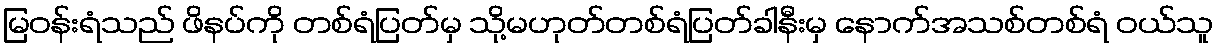
မြဝန်းရံသည် ဖိနပ်ကို တစ်ရံပြတ်မှ သို့မဟုတ်တစ်ရံပြတ်ခါနီးမှ နောက်အသစ်တစ်ရံ ဝယ်သူ